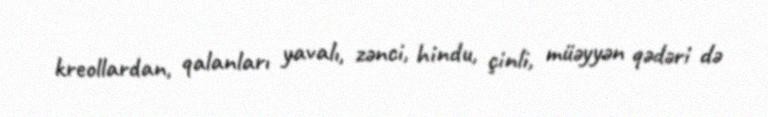
kreollardan, qalanları yavalı, zənci, hindu, çinli, müəyyən qədəri də